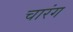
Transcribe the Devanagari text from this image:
चारंग